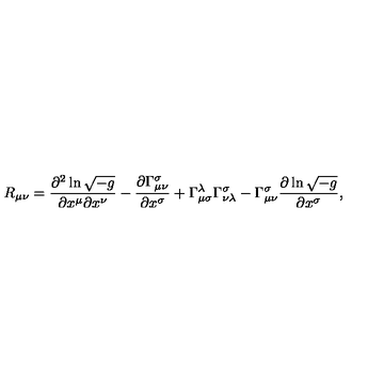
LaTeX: R _ { \mu \nu } = \frac { \partial ^ { 2 } \ln \sqrt { - g } } { \partial x ^ { \mu } \partial x ^ { \nu } } - \frac { \partial \Gamma _ { \mu \nu } ^ { \sigma } } { \partial x ^ { \sigma } } + \Gamma _ { \mu \sigma } ^ { \lambda } \Gamma _ { \nu \lambda } ^ { \sigma } - \Gamma _ { \mu \nu } ^ { \sigma } \frac { \partial \ln \sqrt { - g } } { \partial x ^ { \sigma } } ,